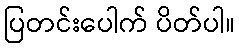
ပြတင်းပေါက် ပိတ်ပါ။